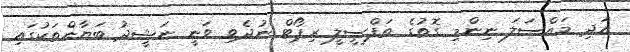
އަދި މައްސަލަ ނިންމި ގޮތުގެ ތަފްސީލީ ރިޕޯޓް ނުދެވި ވަނީ ނަޝީދު ބަޔާންތަކުގައި